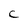
Character: C